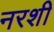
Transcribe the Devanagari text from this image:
नरशी